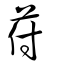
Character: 苻